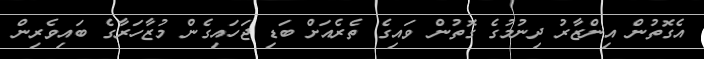
އެގޮތުން އިންޒާރު ދިނުމުގެ ގޮތުން ވައިގެ ތެރެއަށް ބަޑި ޖަހައިގެން މުޒާހަރާގެ ބައިވެރިން